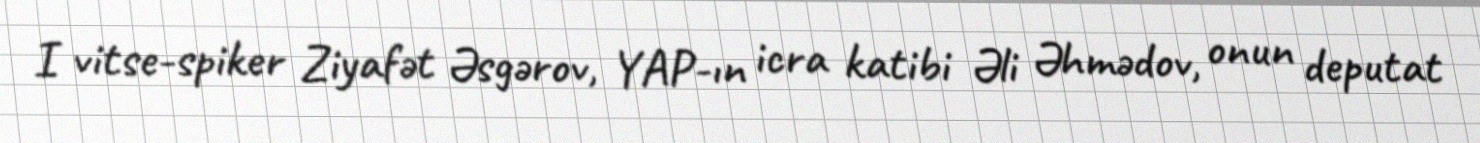
I vitse-spiker Ziyafət Əsgərov, YAP-ın icra katibi Əli Əhmədov, onun deputat